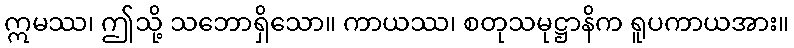
ဣမဿ၊ ဤသို့ သဘောရှိသော။ ကာယဿ၊ စတုသမုဋ္ဌာနိက ရူပကာယအား။